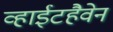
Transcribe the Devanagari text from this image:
व्हाईटहैवेन